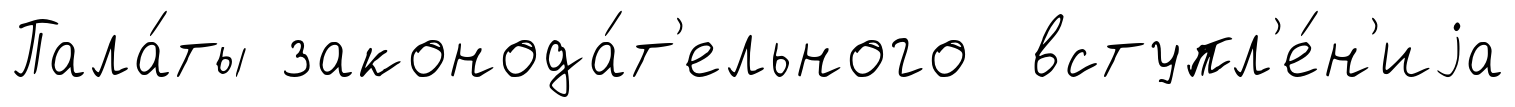
Пала́ты законода́т'ельного вступл'е́н'иjа